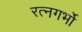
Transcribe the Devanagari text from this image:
रत्नगर्भो